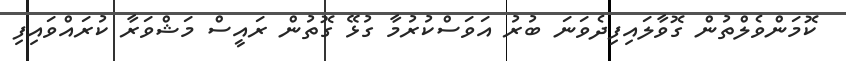
ކޮމަންވެލްތުން ގޮވާލައިފިދެވަނަ ބުރު އަވަސްކުރުމާ ގުޅޭ ގޮތުން ރައީސް މަޝްވަރާ ކުރައްވައިފި